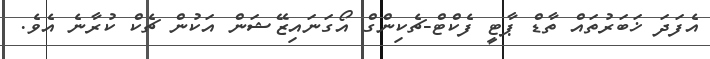
އެފަދަ ޚަބަރުތައް ތާޑް ޕާޓީ ފެކްޓް-ޗެކިންގް އޯގަނައިޒޭޝަން އަކުން ޗެކް ކުރާނެ އެވެ.